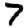
Digit: 7